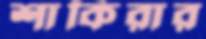
শাকিরার